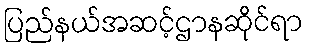
ပြည်နယ်အဆင့်ဌာနဆိုင်ရာ